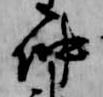
仲